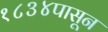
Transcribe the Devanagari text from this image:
१८३४पासून